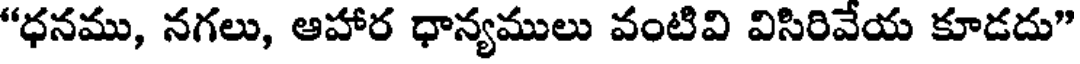
"ధనము, నగలు, ఆహార ధాన్యములు వంటివి విసిరివేయ కూడదు"